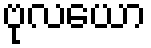
ဗုလယော